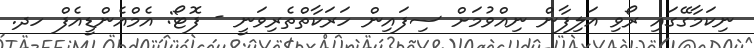
ނިކަމާގޭގައި ރޯވި އަލިފާން ނިއްވުމަށް ސިފައިން ހަރަކާތްތެރިވަނީ - ފޮޓޯ: އެމްއެންޑީއެފް ހދ.